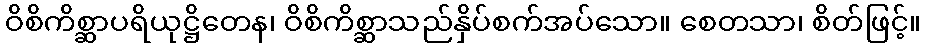
ဝိစိကိစ္ဆာပရိယုဋ္ဌိတေန၊ ဝိစိကိစ္ဆာသည်နှိပ်စက်အပ်သော။ စေတသာ၊ စိတ်ဖြင့်။